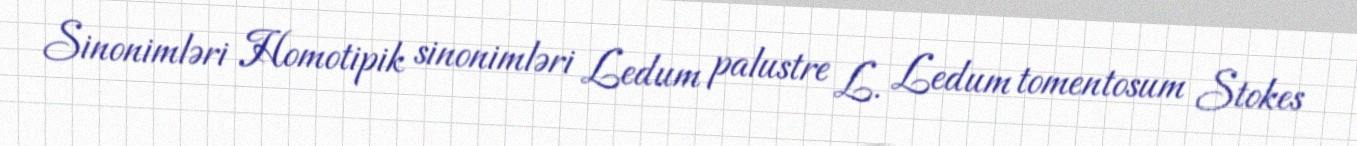
Sinonimləri Homotipik sinonimləri Ledum palustre L. Ledum tomentosum Stokes